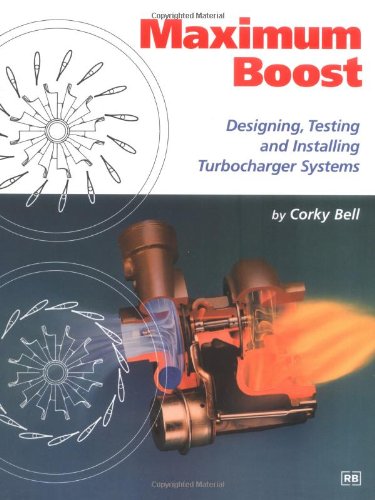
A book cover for Maximum Boost: Designing, Testing and Installing Turbocharger Systems (Engineering and Performance); Corky Bell; Engineering & Transportation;